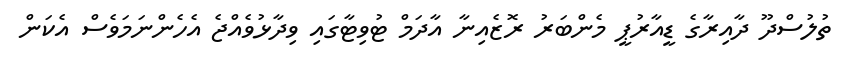
ތުލުސްދޫ ދާއިރާގެ ޑީއާރުޕީ މެންބަރު ރޮޒެއިނާ އާދަމް ޓުވިޓާގައި ވިދާޅުވެއްޖެ އެހެންނަމަވެސް އެކަން